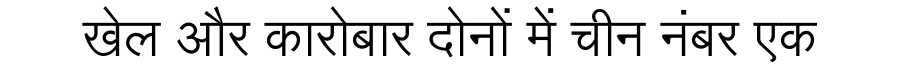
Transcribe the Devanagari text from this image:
खेल और कारोबार दोनों में चीन नंबर एक